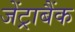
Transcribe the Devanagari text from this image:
जेंट्राबैंक